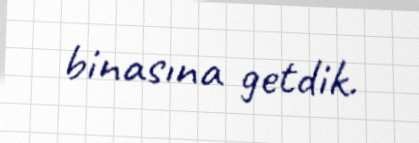
binasına getdik.